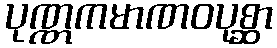
ပုဏ္ဏကမာဏဝပုစ္ဆာ